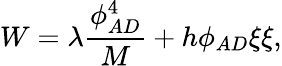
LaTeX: W=\lambda\frac{\phi_{AD}^{4}}{M}+h\phi_{AD}\xi\xi,